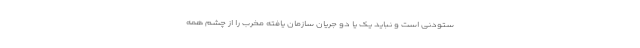
ستودنی است و نباید یک یا دو جریان سازمان یافته مخرب را از چشم همه